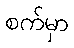
စက်မှာ